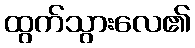
ထွက်သွားလေ၏